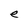
Character: e